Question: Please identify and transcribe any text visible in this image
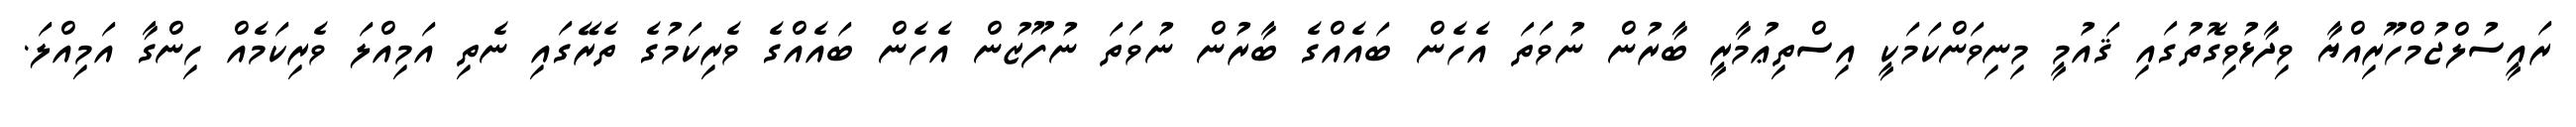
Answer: ރައީސުލްޖުމްހޫރިއްޔާ ވިދާޅުވިގޮތުގައި ޤައުމީ މިނިވަންކަމަކީ އިސްތިޢުމާރީ ބާރުން ނުވަތަ އެހެން ބައެއްގެ ބާރުން ނުވަތަ ނުފޫޒުން އެހެން ބައެއްގެ ވެރިކަމުގެ ތެރޭގައި ނެތި އަމިއްލަ ވެރިކަމެއް ހިންގާ އަމިއްލަ.